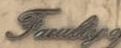
Faculity